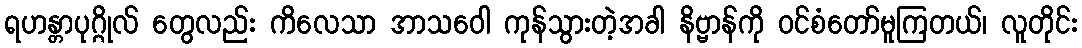
ရဟန္တာပုဂ္ဂိုလ် တွေလည်း ကိလေသာ အာသဝေါ ကုန်သွားတဲ့အခါ နိဗ္ဗာန်ကို ဝင်စံတော်မူကြတယ်၊ လူတိုင်း